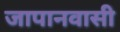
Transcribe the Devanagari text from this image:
जापानवासी